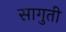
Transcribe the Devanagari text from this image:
सागुती